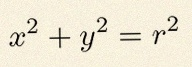
x^2+y^2=r^2